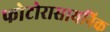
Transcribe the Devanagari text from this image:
फोटोरासायनिक